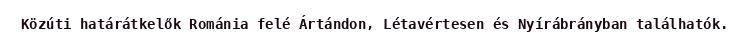
Közúti határátkelők Románia felé Ártándon, Létavértesen és Nyírábrányban találhatók.